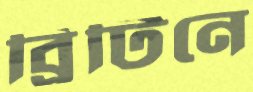
ব্রিটিনে